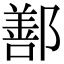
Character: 鄯